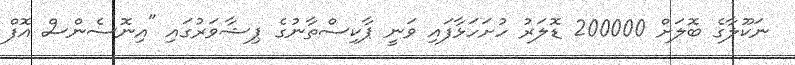
ނަކޫލާގެ ބޮލަށް 200000 ޑޮލަރު ހުށަހަޅާފައި ވަނީ ޕާކިސްތާނުގެ ޕިޝާވަރުގައި "އިނޮސެންސް އޮފް